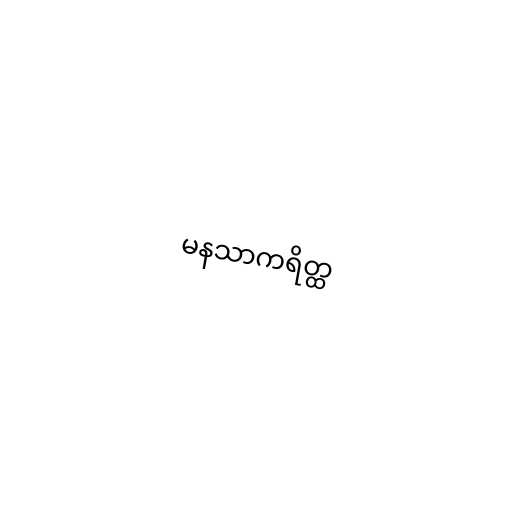
မနသာကရိတ္ထ